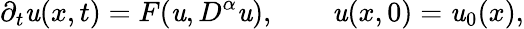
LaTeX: {\partial_{t}}\mathit{u}(x,t)=F(\mathit{u},{D^{\alpha}}\mathit{u}),\qquad\mathit{u}(x,0)={\mathit{u}_{0}}(x),